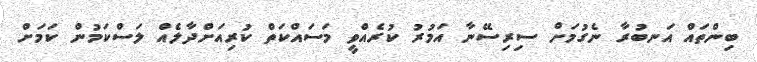
ބިންތައް އަނބުރާ ނެގުމަށް ސިރިސޭނާ އަމުރު ކުރެއްވީ މަސައްކަތް ކުރިއަށްދާލެއް ލަސްކަމުން ކަމަށް